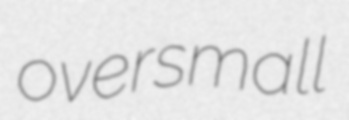
oversmall